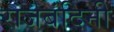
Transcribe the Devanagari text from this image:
राजबंदिनी